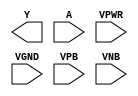
module sky130_fd_sc_ms__bufinv (
    Y   ,
    A   ,
    VPWR,
    VGND,
    VPB ,
    VNB
);

    output Y   ;
    input  A   ;
    input  VPWR;
    input  VGND;
    input  VPB ;
    input  VNB ;
endmodule